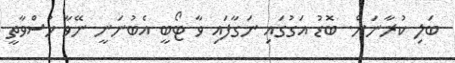
ބަލި ކުރާނަން. ބޮޑު އަގުގައި ނަގާފައި ވާ ޓޯބީ އެބުނަނީ ނޭވާ ހުސްވާތީ